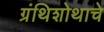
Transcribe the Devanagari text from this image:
ग्रंथिशोथाचे